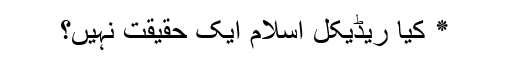
٭ کیا ریڈیکل اسلام ایک حقیقت نہیں؟